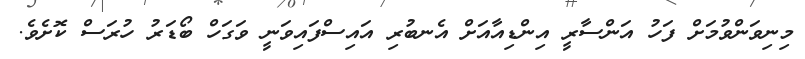
މިނިވަންވުމަށް ފަހު އަންސާރީ އިންޑިއާއަށް އެނބުރި އައިސްފައިވަނީ ވަގަހް ބޯޑަރު ހުރަސް ކޮށެވެ.